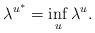
LaTeX: \begin{align*}\lambda^{u^*} = \inf_{u} \lambda^u.\end{align*}